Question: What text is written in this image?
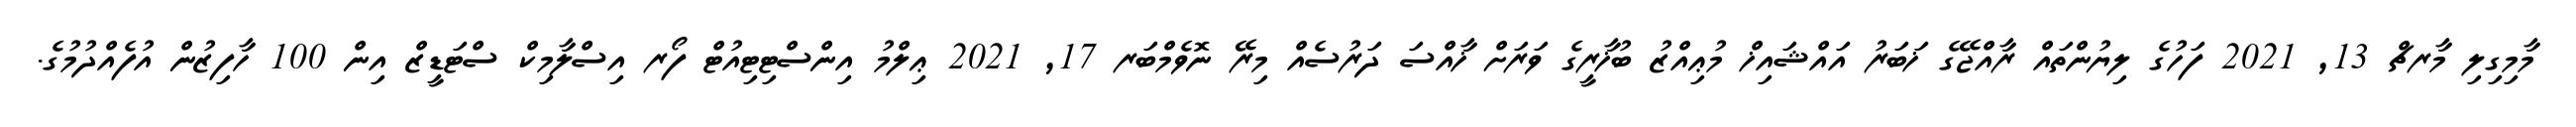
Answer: މާމިގިލި މާރޗް 13, 2021 ފަހުގެ ލިޔުންތައް ރާއްޖޭގެ ޚަބަރު އައްޝައިޚް މުޢިއްޒު ބުޚާރީގެ ވަރަށް ޚާއްސަ ދަރުސެއް މިރޭ ނޮވެމްބަރ 17, 2021 ޢިލްމު އިންސްޓިޓިއުޓް ފޯރ އިސްލާމިކް ސްޓަޑީޒް އިން 100 ހާފިޒުން އުފެއްދުމުގެ.